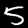
Digit: 5